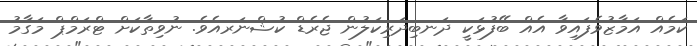
ކަމެއް އަމާޒުވެފައިވާ އެއް ބޭފުޅަކީ ދަނބިދަރިކަލުން ޖެރެޑް ކުޝްނަރއެވެ. ނުވިތާކަށް ޓްރަމްޕް މަގާމު